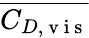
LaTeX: \overline{{C_{D,\mathrm{~v~i~s~}}}}